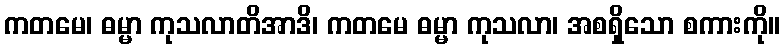
ကတမေ၊ ဓမ္မာ ကုသလာတိအာဒိ၊ ကတမေ ဓမ္မာ ကုသလာ၊ အစရှိသော စကားကို။